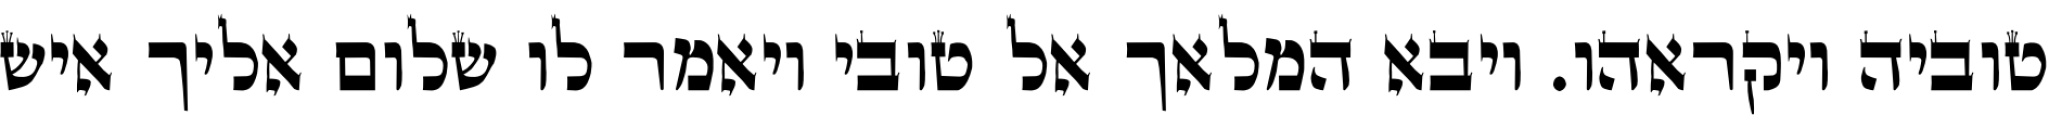
טוביה ויקראהו. ויבא המלאך אל טובי ויאמר לו שלום אליך איש